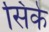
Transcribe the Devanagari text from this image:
सिके